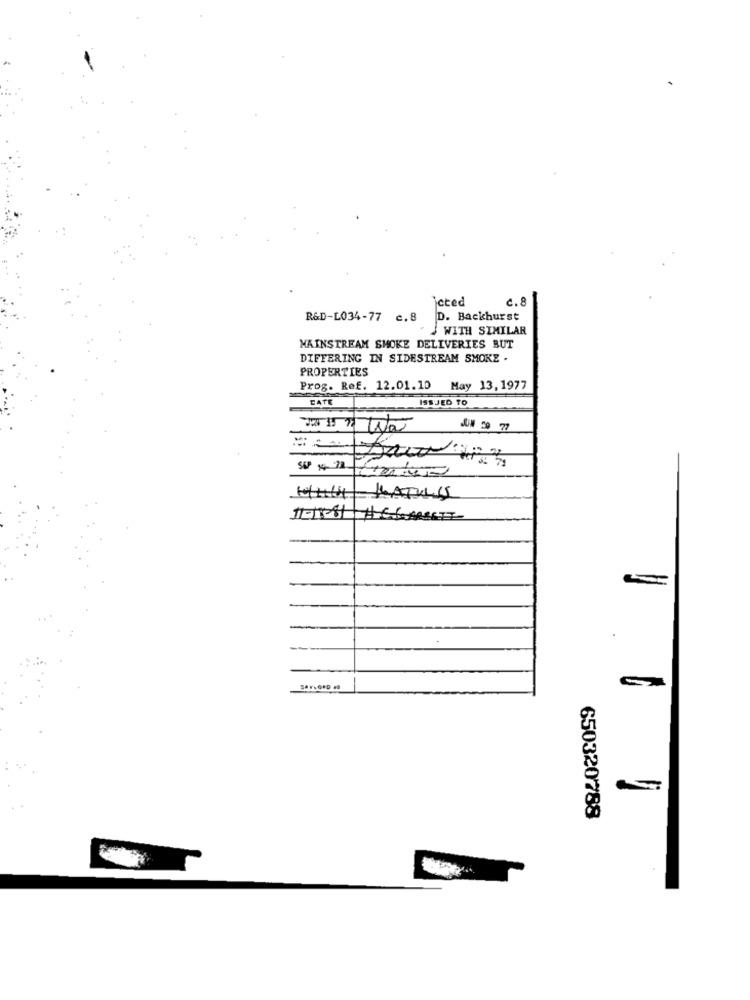
jeted
c.8
R&D-LO34-77
D. Backhurst
WITH SIMILAR
MAINSTREAM SMOKE DELIVERIES BUT
DIFFERING IN SIDESTREAM SMOKE .
PROPERTIES
Prog. Ref. 12.01.10 May 13, 1977
EATE
ISSJED TO
J&# 59 77
WITH KLATULIS
650320788